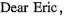
Dear Eric,